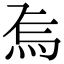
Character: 𭴚